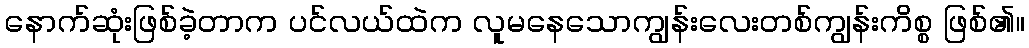
နောက်ဆုံးဖြစ်ခဲ့တာက ပင်လယ်ထဲက လူမနေသောကျွန်းလေးတစ်ကျွန်းကိစ္စ ဖြစ်၏။